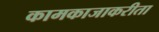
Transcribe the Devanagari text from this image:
कामकाजाकरीता